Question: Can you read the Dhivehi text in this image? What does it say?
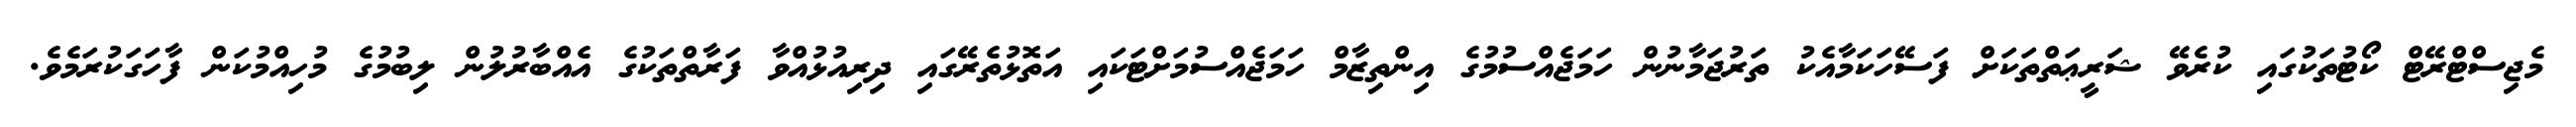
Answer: މެޖިސްޓްރޭޓް ކޯޓުތަކުގައި ކުރެވޭ ޝަރީޢަތްތަކަށް ފަސޭހަކަމާއެކު ތަރުޖަމާނުން ހަމަޖެއްސުމުގެ އިންތިޒާމް ހަމަޖެއްސުމަށްޓަކައި އަތޮޅުތެރޭގައި ދިރިއުޅުއްވާ ފަރާތްތަކުގެ އެއްބާރުލުން ލިބުމުގެ މުހިއްމުކަން ފާހަގަކުރަމެވެ.